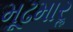
મૂઢમારૢ